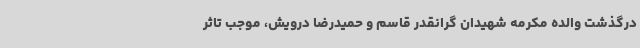
درگذشت والده مکرمه شهیدان گرانقدر قاسم و حمیدرضا درویش، موجب تاثر